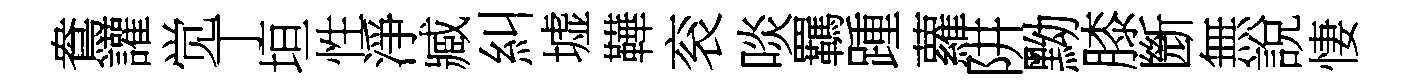
鴦讙觉丁垣性淨臧糾墟鞾衮啖羈踵蘿阱黝膝㫁無說悽